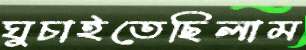
ঘুচাইতেছিলাম